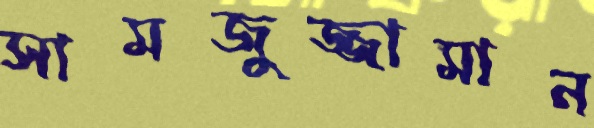
সামজুজ্জামান